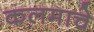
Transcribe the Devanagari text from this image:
कलमाचे